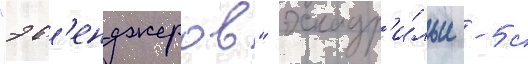
"эв'енджеров" эскадр'и́льи -5 с